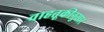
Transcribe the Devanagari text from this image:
वाहतूकीनुसार